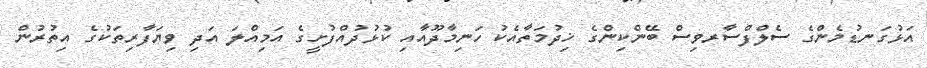
އަޅުގަނޑުމެންގެ ސެލްފްސާރވިސް ބޭންކިންގެ ޚިދުމަތާއެކު ހަނިމާދޫއާއި ކުޅުދުއްފުށީގެ އަމިއްލަ އަދި ވިޔަފާރިތަކުގެ އިތުރުން